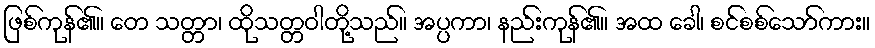
ဖြစ်ကုန်၏။ တေ သတ္တာ၊ ထိုသတ္တဝါတို့သည်။ အပ္ပကာ၊ နည်းကုန်၏။ အထ ခေါ၊ စင်စစ်သော်ကား။